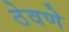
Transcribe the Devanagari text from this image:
ठेवणेे